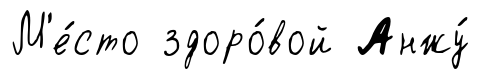
М'е́сто здоро́вой Анжу́